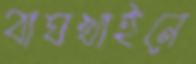
বাঘখাইনে